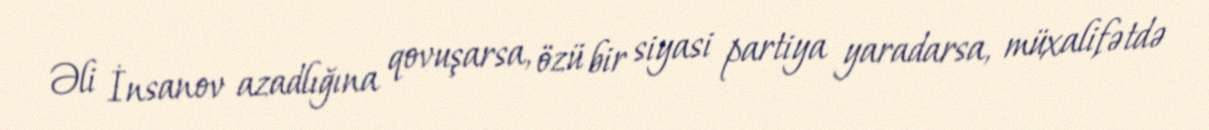
Əli İnsanov azadlığına qovuşarsa, özü bir siyasi partiya yaradarsa, müxalifətdə